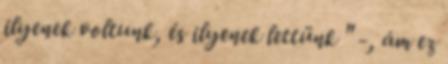
ilyenek voltunk, és ilyenek lettünk " -, ám ez